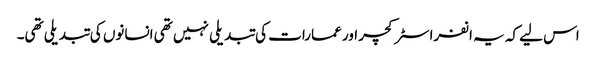
اس لیے کہ یہ انفراسٹرکچر اور عمارات کی تبدیلی نہیں تھی انسانوں کی تبدیلی تھی۔